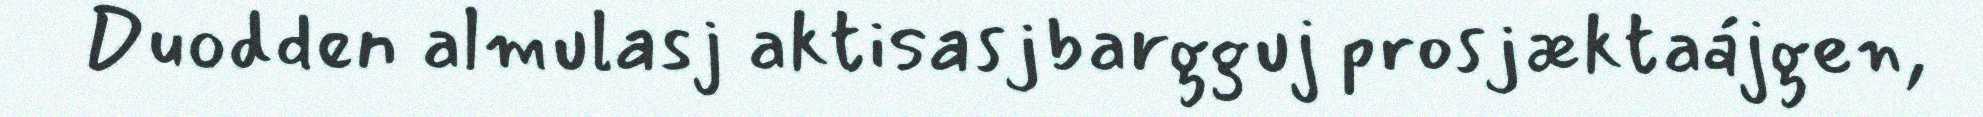
Duodden almulasj aktisasjbargguj prosjæktaájgen,